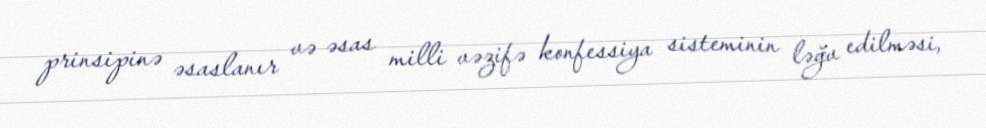
prinsipinə əsaslanır və əsas milli vəzifə konfessiya sisteminin ləğv edilməsi,